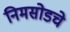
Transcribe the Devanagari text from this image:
निमसोडचे